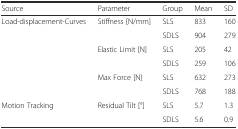
<table><thead><tr><td><b>Source</b></td><td><b>Parameter</b></td><td><b>Group</b></td><td><b>Mean</b></td><td><b>SD</b></td></tr></thead><tbody><tr><td rowspan="6">Load-displacement-Curves</td><td rowspan="2">Stiffness [N/mm]</td><td>SLS</td><td>833</td><td>160</td></tr><tr><td>SDLS</td><td>904</td><td>279</td></tr><tr><td rowspan="2">Elastic Limit [N]</td><td>SLS</td><td>205</td><td>42</td></tr><tr><td>SDLS</td><td>259</td><td>106</td></tr><tr><td rowspan="2">Max Force [N]</td><td>SLS</td><td>632</td><td>273</td></tr><tr><td>SDLS</td><td>768</td><td>188</td></tr><tr><td rowspan="2">Motion Tracking</td><td rowspan="2">Residual Tilt [°]</td><td>SLS</td><td>5.7</td><td>1.3</td></tr><tr><td>SDLS</td><td>5.6</td><td>0.9</td></tr></tbody></table>